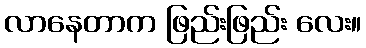
လာနေတာက ဖြည်းဖြည်း လေး။